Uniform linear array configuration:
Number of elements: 48
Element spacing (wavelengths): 0.75
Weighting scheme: binomial
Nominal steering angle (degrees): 60
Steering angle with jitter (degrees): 61.519
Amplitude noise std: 0.05
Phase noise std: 0.05

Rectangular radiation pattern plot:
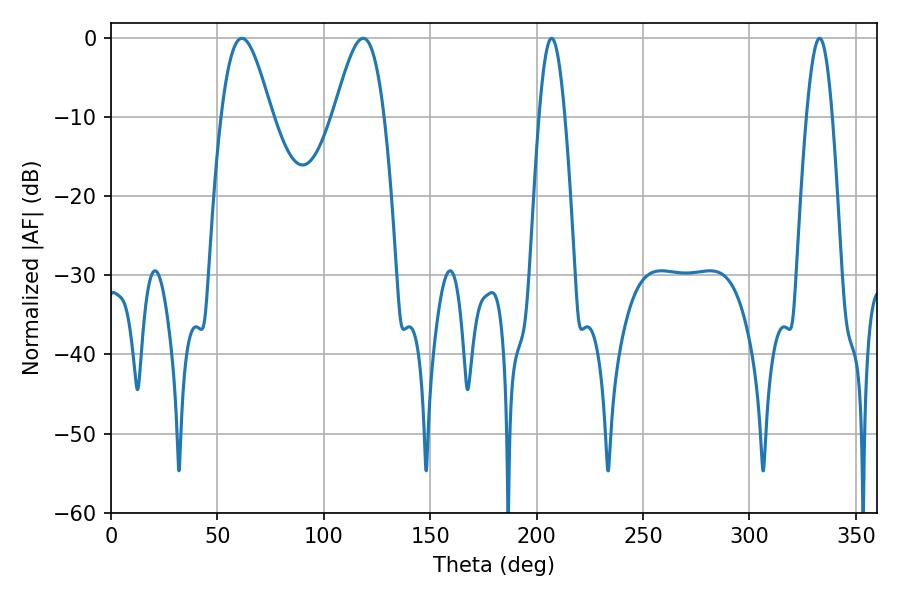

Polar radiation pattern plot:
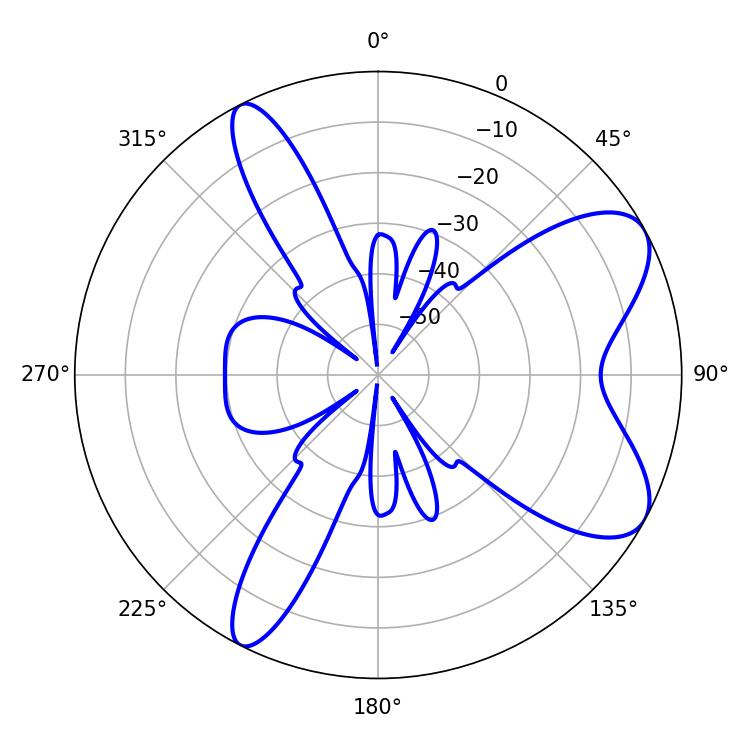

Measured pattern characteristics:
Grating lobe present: TRUE
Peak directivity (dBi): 7.839
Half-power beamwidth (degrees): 12.6
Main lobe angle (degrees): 61.56